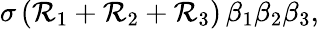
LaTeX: \sigma\, (\mathcal{R}_{1}+\mathcal{R}_{2}+\mathcal{R}_{3})\, {\beta}_{1}{\beta}_{2}{\beta}_{3},